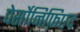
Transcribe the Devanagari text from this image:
पेर्सोनिफ़िएद